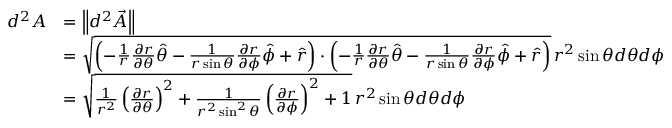
\begin{array} { r l } { d ^ { 2 } A } & { = \left\lVert d ^ { 2 } \vec { A } \right\lVert } \\ & { = \sqrt { \left( - \frac 1 r \frac { \partial r } { \partial \theta } \hat { \theta } - \frac 1 { r \sin \theta } \frac { \partial r } { \partial \phi } \hat { \phi } + \hat { r } \right) \cdot \left( - \frac 1 r \frac { \partial r } { \partial \theta } \hat { \theta } - \frac 1 { r \sin \theta } \frac { \partial r } { \partial \phi } \hat { \phi } + \hat { r } \right) } \, r ^ { 2 } \sin \theta d \theta d \phi } \\ & { = \sqrt { \frac 1 { r ^ { 2 } } \left( \frac { \partial r } { \partial \theta } \right) ^ { 2 } + \frac 1 { r ^ { 2 } \sin ^ { 2 } \theta } \left( \frac { \partial r } { \partial \phi } \right) ^ { 2 } + 1 } \, r ^ { 2 } \sin \theta d \theta d \phi } \end{array}